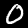
Label: 0